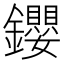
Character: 𨰃